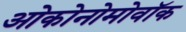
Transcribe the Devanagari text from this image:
ओकोनोमोवॉक